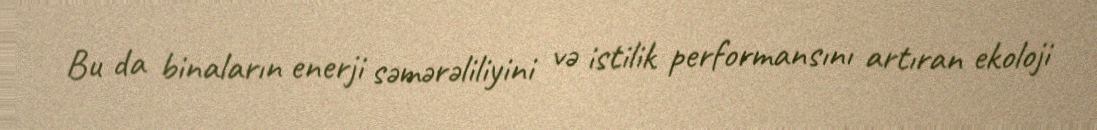
Bu da binaların enerji səmərəliliyini və istilik performansını artıran ekoloji